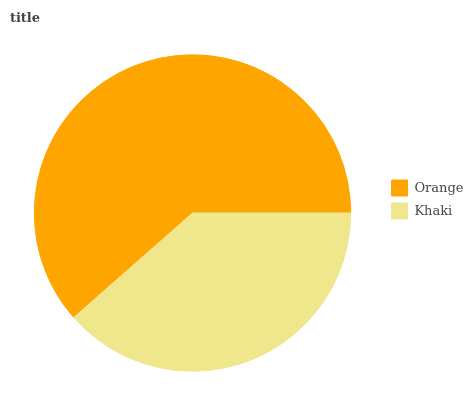
| Orange | Khaki |
 | --- | --- |
 | 61.5% | 38.5% |